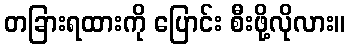
တခြားရထားကို ပြောင်း စီးဖို့လိုလား။